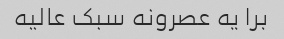
برا یه عصرونه سبک عالیه